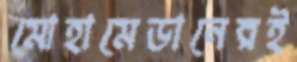
মোহামেডানেরই